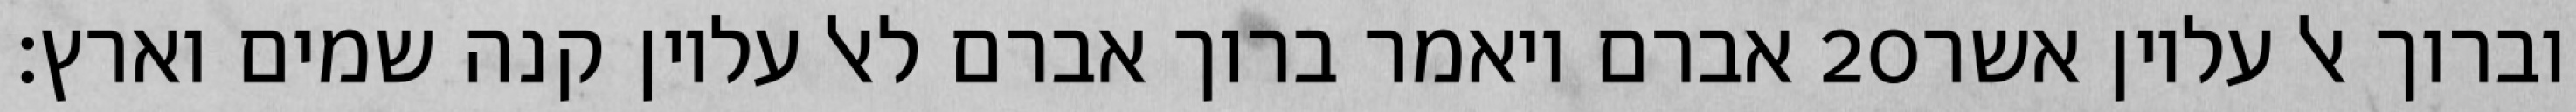
אברם ויאמר ברוך אברם לאל עליון קנה שמים וארץ׃ ‎20‏ וברוך אל עליון אשר